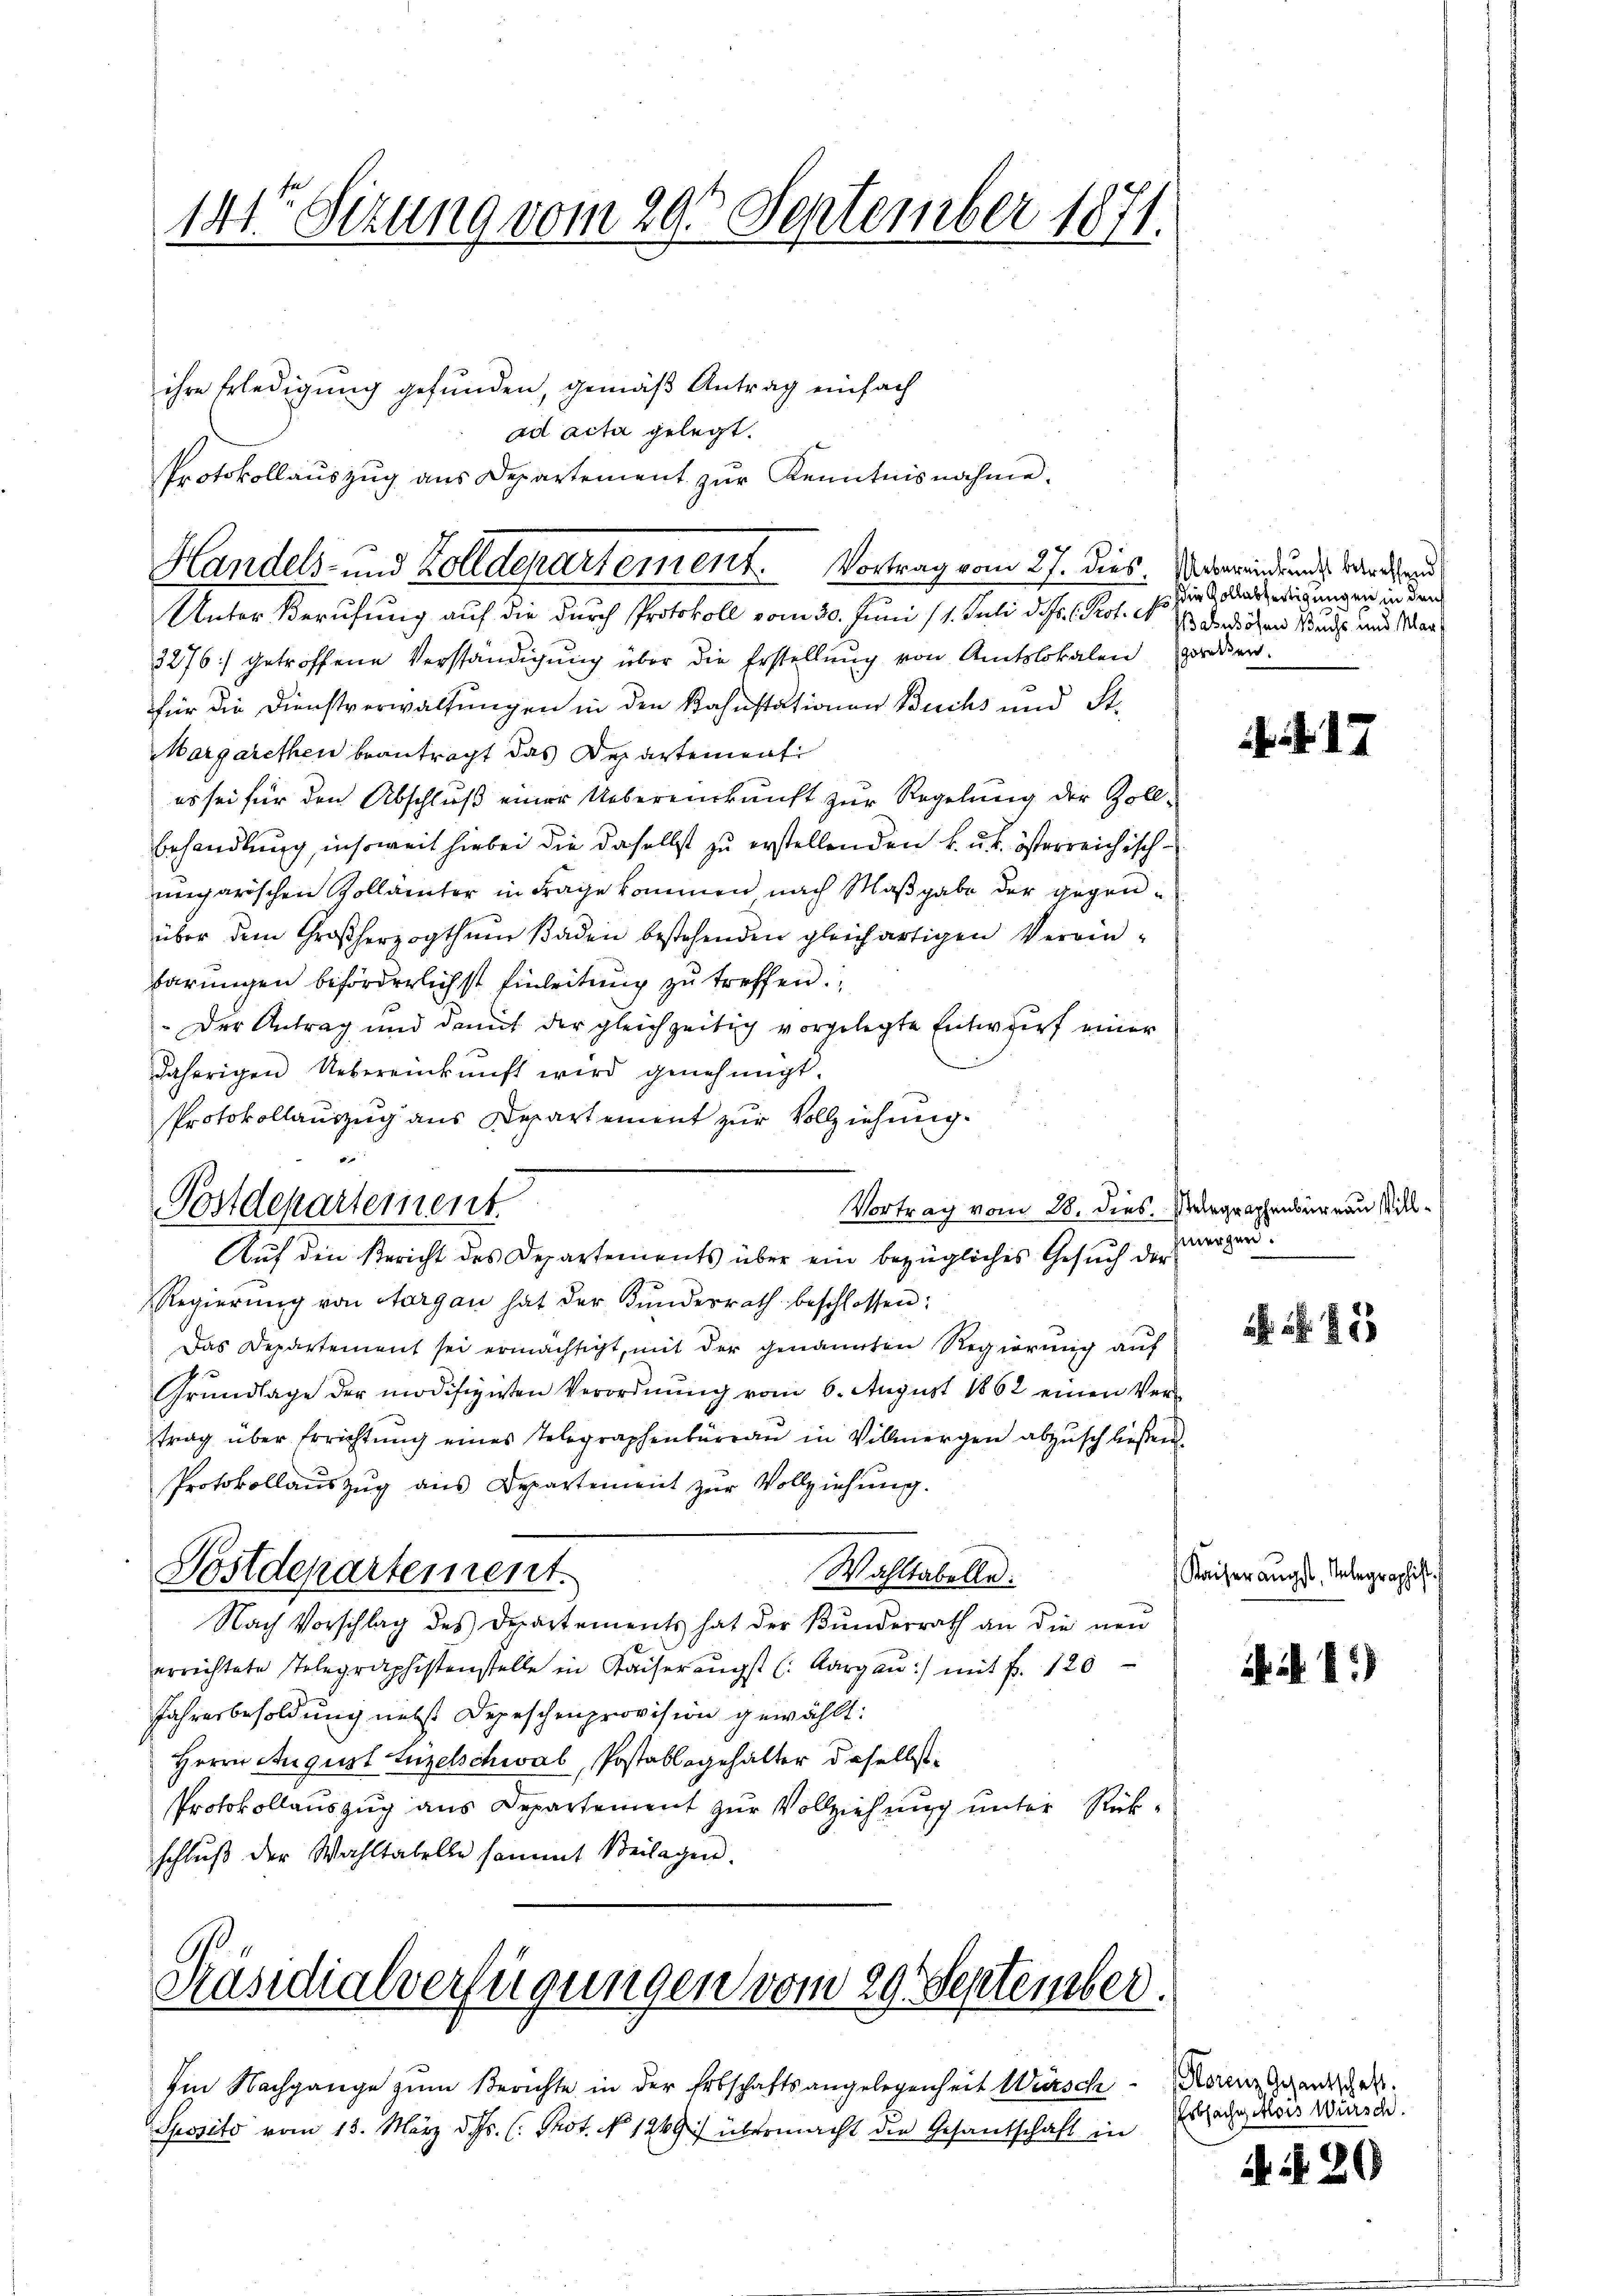
141te Sitzung vom 29. September 1871.

ihre Erledigung gefunden, gemäß Antrag einfach
ad acta gelegt.
Protokollauszug aus Departement zur Kenntnisnahme.
Unter Berufung auf die durch Protokoll vom 30. Juni 11. Juli d. Js. (Prot. Nr. 7 der ihren Buch und Mar
3276) getroffene Verständigung über die Erstellung von Amtslokalen worden.
für die Dienstverwaltungen in den Kahnstationen Buchs und St.
Margarethen beantragt das Departement
es sei für den Abschluß einer Uebereinkunft zur Regelung der Zoll¬
Behandlung, insoweit hiebei die daselbst zu erstellenden k. u. k. österreichischungarischen Zollämter in Frage kommen nach Maßgabe der gegenüber dem Großherzogthum Baden bestehenden gleichartigen Vereinbarungen beförderlichst Einleitung zu treffen
Der Antrag und damit der gleichzeitig vorgelegte Entwurf einer
daherigen Uebereinkunft wird genehmigt.
Protokollauszug aus Departement zur Vollziehung
Vortrag vom 28. dies. Vergraphenbureau Vill¬
Postdepartement.
Auf den Bericht des Departements über ein bezügliches Gesuch der
Regierŭng von Aargau hat der Bundesrath beschlossen:
Das Departement sei ermächtigt, mit der genannten Regierung auf
Grundlage der modifizirten Verordnung vom 6. August 1862 einen Vertrag über Errichtung eines Telegraphenbüreau in Villmergen abzuschließen.
Protokollauszug aus Departement zur Vollziehung.
Postdepartement.
Wahltabelle.
Nach Vorschlag des Departements hat der Bundesrath an die nen
errichtete Telegraphistenstelle in Kaiserengst (Aargau) mit Fr. 120
Jahresbesoldung nebst Depeschenprovision gewählt:
Herrn August Luzelschwab, Postablegehalter daselbst
Protokollauszug aus Departement zur Vollziehung unter Rükschluß der Wahltabelle sammt Beilagen.

Handels- und Zolldepartement. Vortrag vom 27. dies. Oberwindung werden

Präsidialverfügungen vom 29. September.

Im Nachgange zum Berichte in der Erbschaftsangelegenheit Würsch
Sposito vom 13. März d. Js. (: Prot. No 1249) übermacht die Gesandschaft in

Die Vollabfertigungen in den

mergen.

. 53

Kaiser ängst, Anlegraphist

i 1)

Storenz Gegentschaft.
Erbsache Alois Würsch.

. N. 20